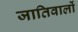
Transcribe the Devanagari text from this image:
जातिवालों